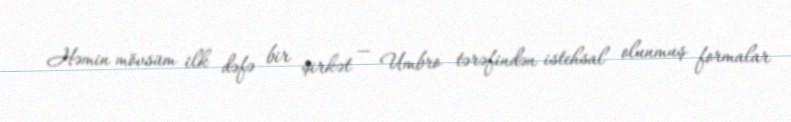
Həmin mövsüm ilk dəfə bir şirkət — Umbro tərəfindən istehsal olunmuş formalar